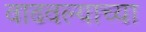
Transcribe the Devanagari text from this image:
वाढवल्याच्या